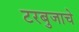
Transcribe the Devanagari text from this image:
टरबुजाचे